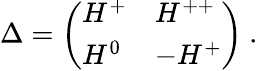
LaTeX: \Delta=\left(\begin{array}{ll}{{H^{+}}}&{{H^{++}}}\\ {{H^{0}}}&{{-H^{+}}}\end{array}\right)\ .